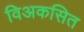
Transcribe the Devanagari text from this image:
विअकसित